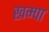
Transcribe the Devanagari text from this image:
खम्पा